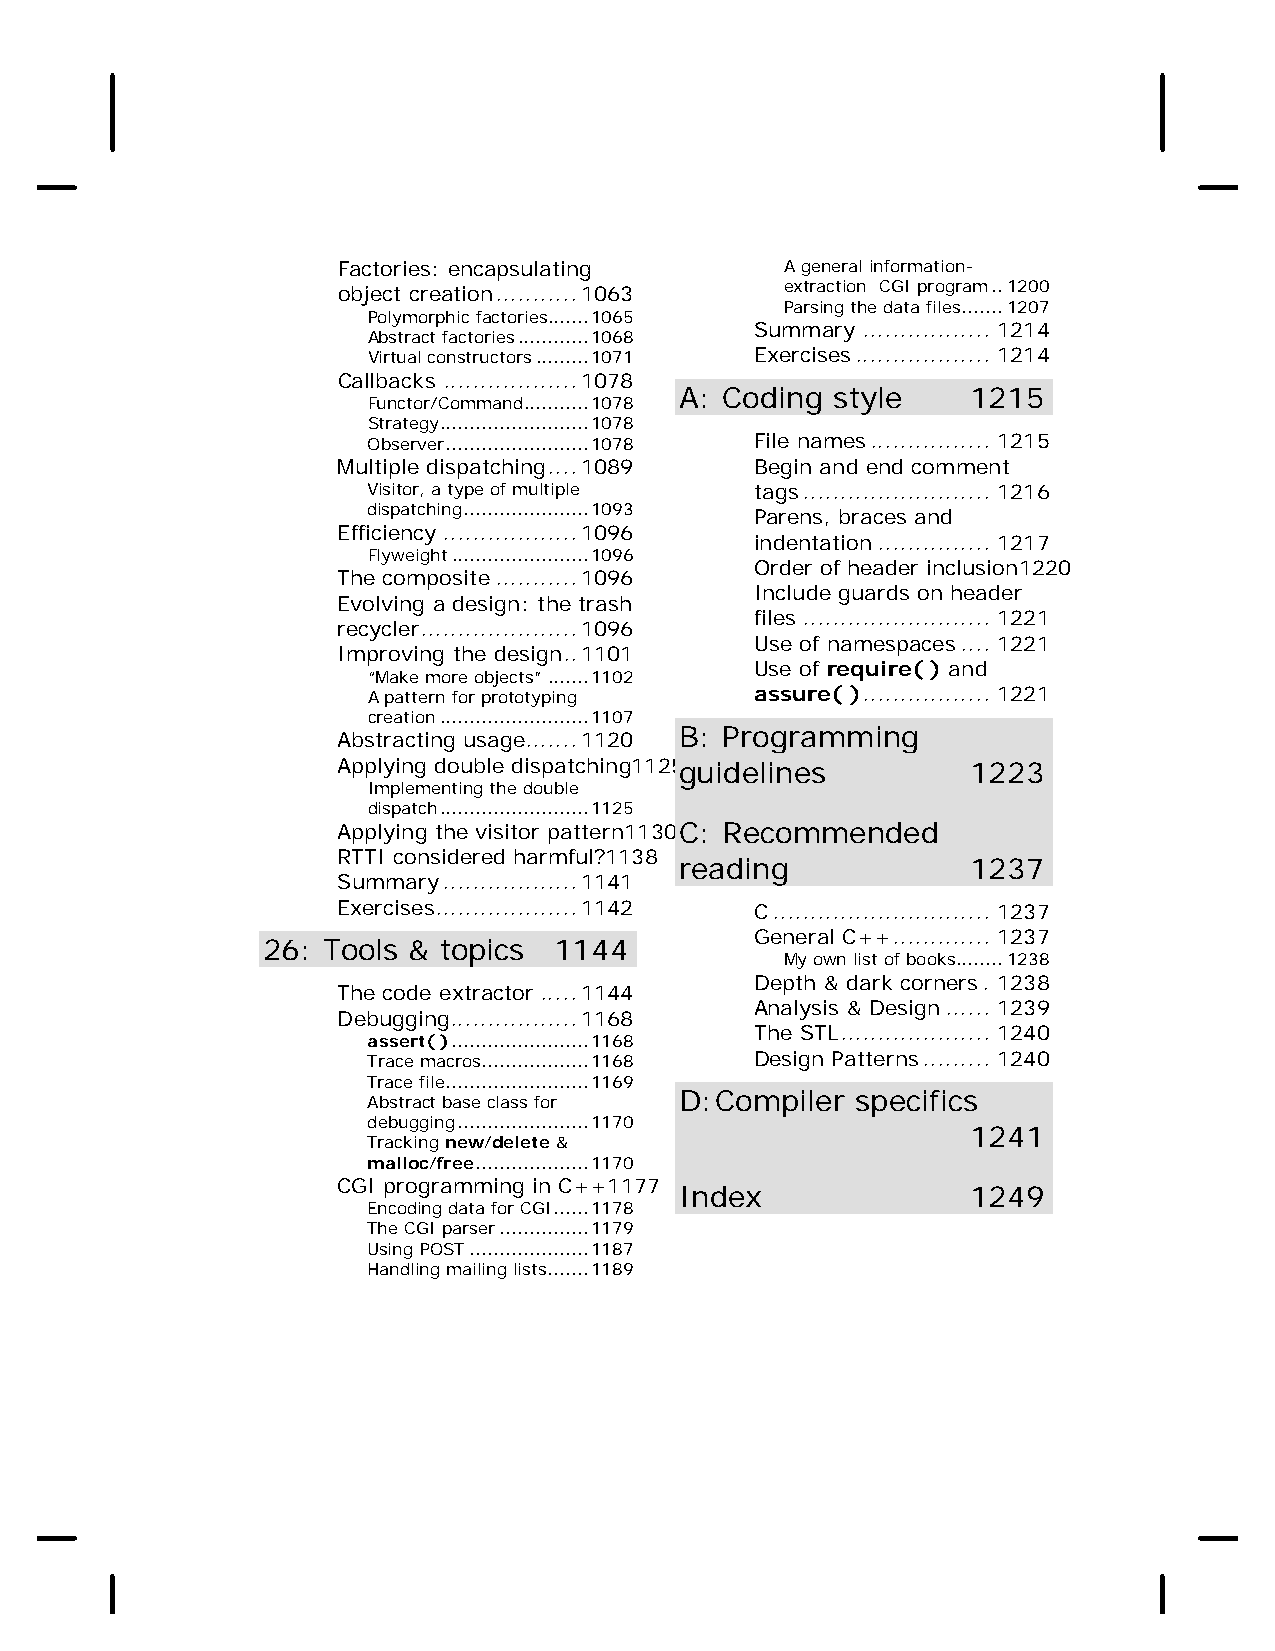
Factories: encapsulating      A general information-
 object creation...........1063 extraction CGI program..1200
 Parsing the data files.......1207
 Polymorphic factories.......1065
 Summary ................. 1214
 Abstract factories............1068
 Virtual constructors.........1071 Exercises.................. 1214
 Callbacks ..................1078
 A: Coding style    1215
 Functor/Command...........1078
 Strategy.........................1078
 Observer........................1078 File names................ 1215
 Multiple dispatching....1089 Begin and end comment
 Visitor, a type of multiple tags......................... 1216
 dispatching.....................1093 Parens, braces and
 Efficiency ..................1096
 indentation............... 1217
 Flyweight.......................1096
 Order of header inclusion1220
 The composite...........1096
 Include guards on header
 Evolving a design: the trash
 files ......................... 1221
 recycler.....................1096
 Use of namespaces.... 1221
 Improving the design..1101
 Use of require( ) and
 “Make more objects”.......1102
 A pattern for prototyping assure( )................. 1221
 creation.........................1107
 B: Programming
 Abstracting usage.......1120
 Applying double dispatching1125g uidelines 1223
 Implementing the double
 dispatch.........................1125
 Applying the visitor pattern1130 C: Recommended
 RTTI considered harmful?1138
 reading            1237
 Summary..................1141
 Exercises...................1142 C............................. 1237
 General C++............. 1237
 26: Tools & topics  1144
 My own list of books........1238
 Depth & dark corners. 1238
 The code extractor.....1144
 Analysis & Design...... 1239
 Debugging.................1168
 The STL.................... 1240
 assert( ).......................1168
 Trace macros..................1168 Design Patterns......... 1240
 Trace file........................1169
 D:Compiler  specifics
 Abstract base class for
 debugging......................1170
 1241
 Tracking new/delete &
 malloc/free...................1170
 CGI programming in C++1177
 Index              1249
 Encoding data for CGI......1178
 The CGI parser...............1179
 Using POST....................1187
 Handling mailing lists.......1189